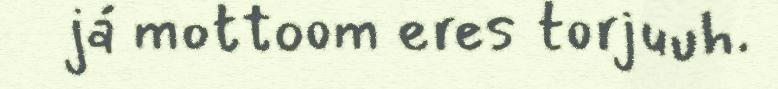
já mottoom eres torjuuh.